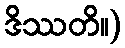
ဒိဿတိ။)